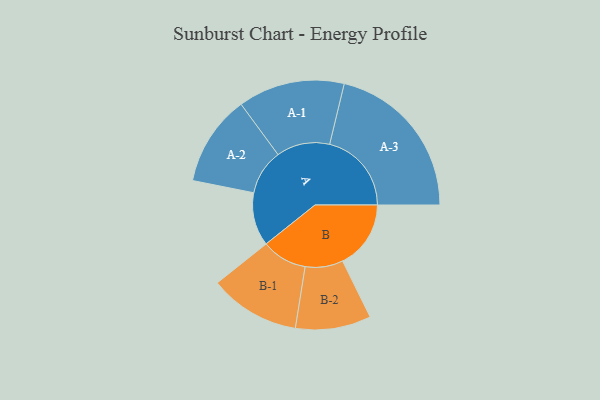
{"axis": {"x": "Segment", "y": "Value"}, "legend": ["", "A", "B"], "data": [{"x": "A", "y": 161, "type": ""}, {"x": "B", "y": 206, "type": ""}, {"x": "A-1", "y": 161, "type": "A"}, {"x": "A-2", "y": 137, "type": "A"}, {"x": "A-3", "y": 247, "type": "A"}, {"x": "B-1", "y": 137, "type": "B"}, {"x": "B-2", "y": 114, "type": "B"}]}